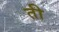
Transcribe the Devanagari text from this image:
ती